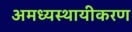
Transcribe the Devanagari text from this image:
अमध्यस्थायीकरण